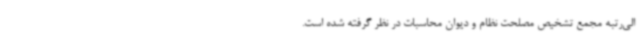
الی‌رتبه مجمع تشخیص مصلحت نظام و دیوان محاسبات در نظر گرفته شده است.